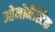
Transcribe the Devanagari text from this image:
ओनोमैस्टिक